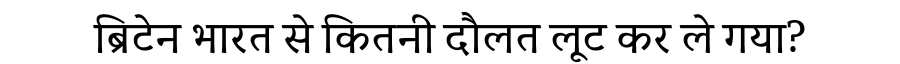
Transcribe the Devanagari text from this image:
ब्रिटेन भारत से कितनी दौलत लूट कर ले गया?